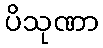
ပိသုဏာ